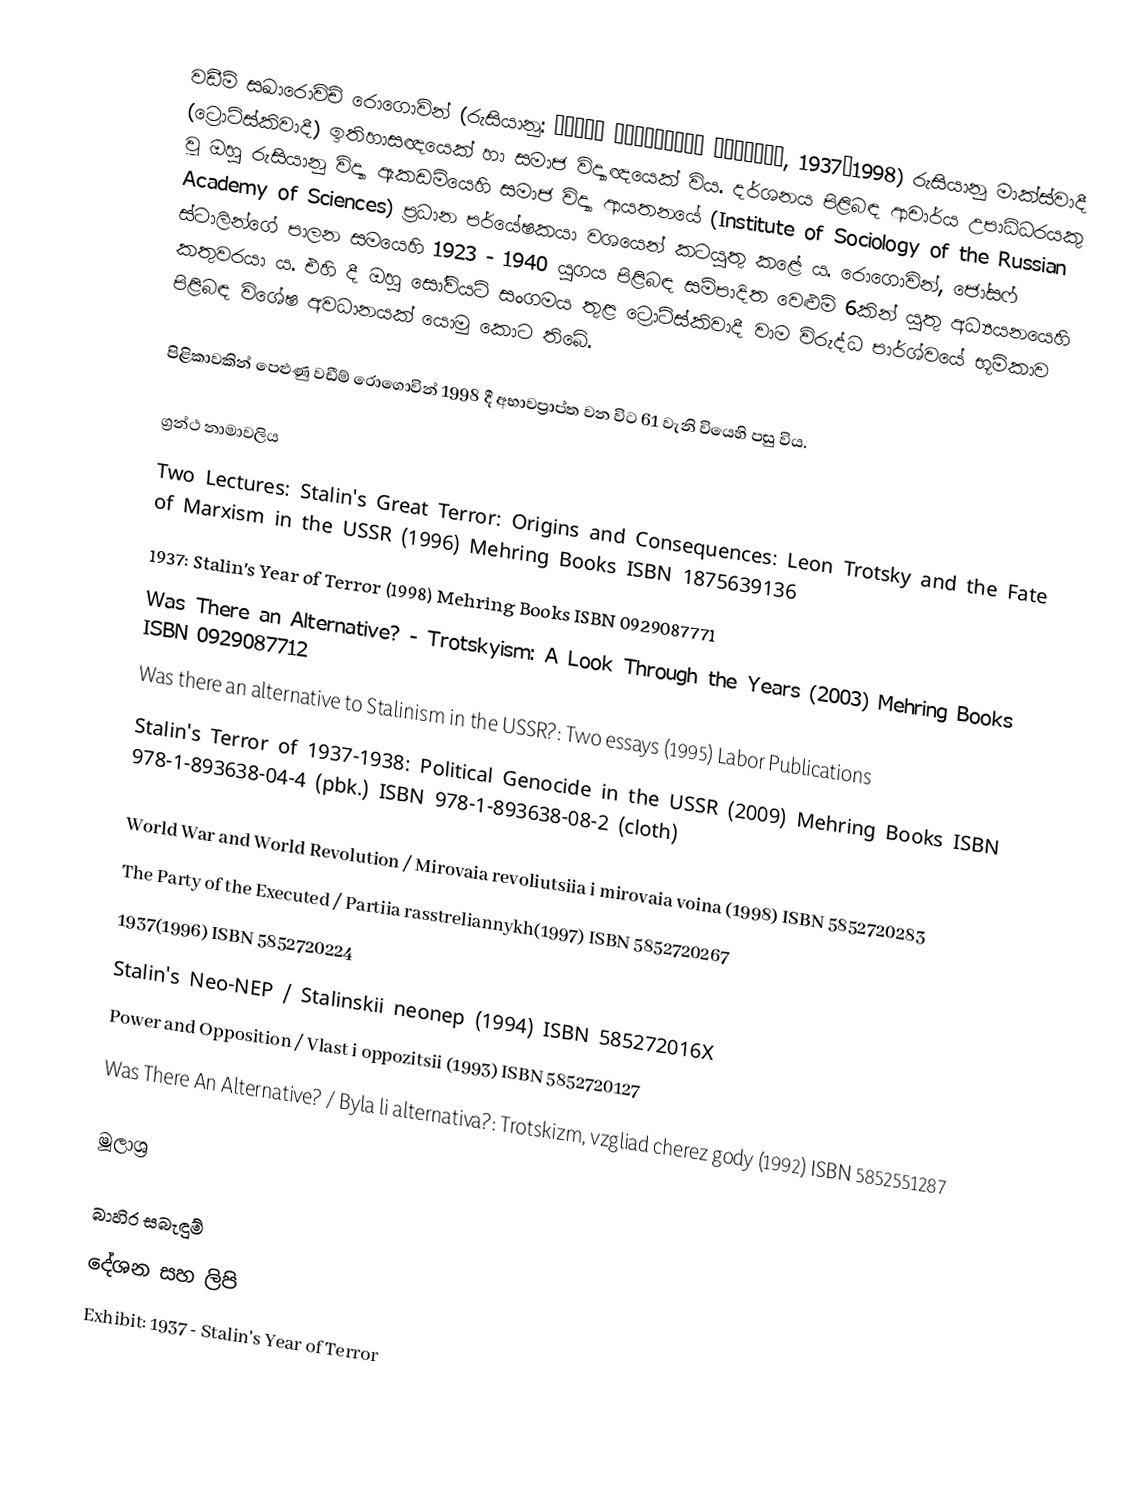
වඩීම් සඛාරොවිච් රොගොවින් (රුසියානු: Вадим Захарович Роговин, 1937–1998) රුසියානු මාක්ස්වාදී (ට්‍රොට්ස්කිවාදී) ඉතිහාසඥයෙක් හා සමාජ විද්‍යාඥයෙක් විය. දර්ශනය පිළිබඳ ආචාර්ය උපාධිධරයකු වූ ඔහු රුසියානු විද්‍යා ඇකඩමියෙහි සමාජ විද්‍යා ආයතනයේ (Institute of Sociology of the Russian Academy of Sciences) ප්‍රධාන පර්යේෂකයා වශයෙන් කටයුතු කළේ ය. රොගොවින්, ජෝසෆ් ස්ටාලින්ගේ පාලන සමයෙහි 1923 - 1940 යුගය පිළිබඳ සම්පාදිත වෙළුම් 6කින් යුතු අධ්‍යයනයෙහි කතුවරයා ය. එහි දී ඔහු සෝවියට් සංගමය තුළ ට්‍රොට්ස්කිවාදී වාම විරුද්ධ පාර්ශ්වයේ භූමිකාව පිළිබඳ විශේෂ අවධානයක් යොමු කොට තිබේ.

පිළිකාවකින් පෙළුණු වඩීම් රොගොවින් 1998 දී අභාවප්‍රාප්ත වන විට 61 වැනි වියෙහි පසු විය.

ග්‍රන්ථ නාමාවලිය
Two Lectures: Stalin's Great Terror: Origins and Consequences: Leon Trotsky and the Fate of Marxism in the USSR (1996) Mehring Books ISBN 1875639136
 1937: Stalin's Year of Terror (1998) Mehring Books ISBN 0929087771
 Was There an Alternative? - Trotskyism: A Look Through the Years (2003) Mehring Books ISBN  0929087712
 Was there an alternative to Stalinism in the USSR?: Two essays (1995)  Labor Publications
 Stalin's Terror of 1937-1938: Political Genocide in the USSR (2009) Mehring Books ISBN 978-1-893638-04-4 (pbk.) ISBN 978-1-893638-08-2 (cloth)

World War and World Revolution / Mirovaia revoliutsiia i mirovaia voina (1998) ISBN 5852720283
The Party of the Executed /  Partiia rasstreliannykh(1997) ISBN 5852720267
1937(1996) ISBN 5852720224
Stalin's Neo-NEP / Stalinskii neonep (1994) ISBN 585272016X
Power and Opposition / Vlast i oppozitsii (1993) ISBN 5852720127
 Was There An Alternative? / Byla li alternativa?: Trotskizm, vzgliad cherez gody (1992) ISBN 5852551287

මූලාශ්‍ර

බාහිර සබැඳුම්
දේශන සහ ලිපි
Exhibit: 1937 - Stalin's Year of Terror